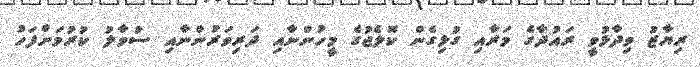
ރިޔާޒު ވިދާޅުވީ ރައުދާގެ މަރާއި ގުޅިގެން ކޮލެޖުގެ މީހުންނާއި ދަރިވަރުންނާއި ސުވާލު ކުރުމަށްފަހު